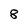
Character: 8